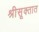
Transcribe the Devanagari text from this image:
श्रीसूक्तात